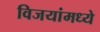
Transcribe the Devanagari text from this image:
विजयांमध्ये